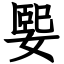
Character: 媐